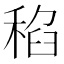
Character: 𱶑